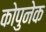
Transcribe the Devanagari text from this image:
कोपुनेक